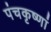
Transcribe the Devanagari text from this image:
पंचकृष्णां